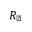
R _ { \perp }